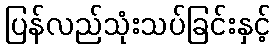
ပြန်လည်သုံးသပ်ခြင်းနှင့်